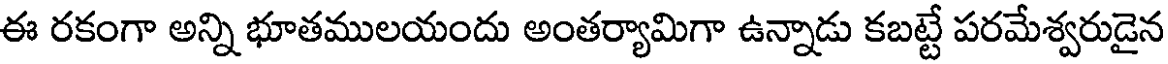
ఈ రకంగా అన్ని భూతములయందు అంతర్యామిగా ఉన్నాడు కబట్టే పరమేశ్వరుడైన